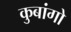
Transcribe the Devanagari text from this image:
कुबांगो